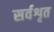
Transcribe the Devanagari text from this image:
सर्वशृत